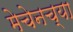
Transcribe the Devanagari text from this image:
मेचेनच्या